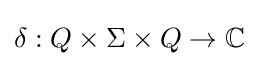
\delta :Q\times \Sigma \times Q\to \mathbb {C}